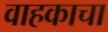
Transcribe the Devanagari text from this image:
वाहकाचा